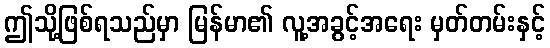
ဤသို့ဖြစ်ရသည်မှာ မြန်မာ၏ လူ့အခွင့်အရေး မှတ်တမ်းနှင့်